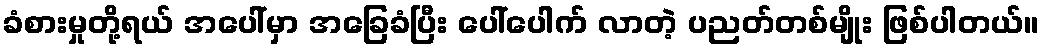
ခံစားမှုတို့ရယ် အပေါ်မှာ အခြေခံပြီး ပေါ်ပေါက် လာတဲ့ ပညတ်တစ်မျိုး ဖြစ်ပါတယ်။